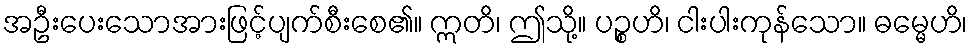
အဦးပေးသောအားဖြင့်ပျက်စီးစေ၏။ ဣတိ၊ ဤသို့။ ပဉ္စဟိ၊ ငါးပါးကုန်သော။ ဓမ္မေဟိ၊